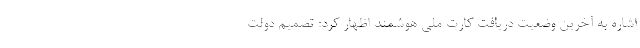
اشاره به آخرین وضعیت دریافت کارت ملی هوشمند اظهار کرد: تصمیم دولت